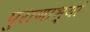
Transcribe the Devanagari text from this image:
पुराणाभ्यां